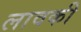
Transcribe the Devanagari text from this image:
लावकी